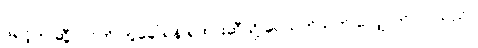
ဖရင့်က ဆွီလင်ကို တွဲခေါ်ရန် ရထားဆီသို့ ခပ်သုတ်သုတ် လျှောက်လာသည်။